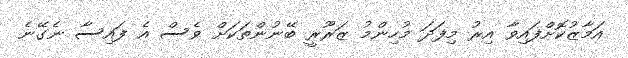
އަމާޒުކޮށްފައިވާ އިރު މިފަދަ މުހިންމު ޒަރޫރީ ބޭނުންތަކަށް ވެސް އެ ފައިސާ ނެގޭނެ